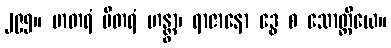
၂၉၅။ မာတရံ ပိတရံ ဟန္တွာ၊ ရာဇာနော ဒွေ စ သောတ္ထိယေ။